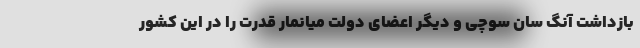
بازداشت آنگ سان سوچی و دیگر اعضای دولت میانمار قدرت را در این کشور